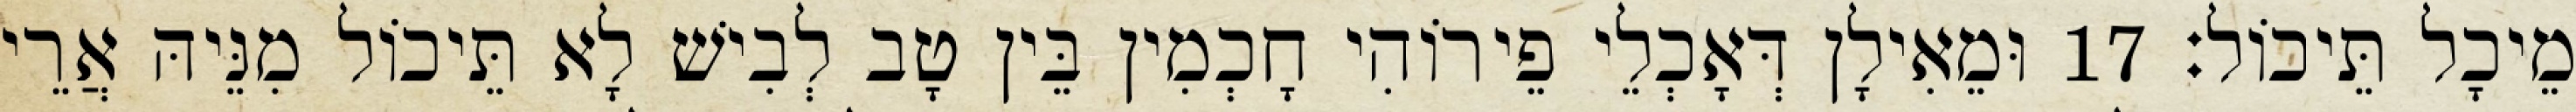
מֵיכָל תֵּיכוֹל׃ 17 וּמֵאִילָן דְּאָכְלֵי פֵירוֹהִי חָכְמִין בֵּין טָב לְבִישׁ לָא תֵּיכוֹל מִנֵּיהּ אֲרֵי